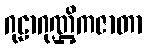
ဂုဠာဂုဏ္ဌိကဇာတာ